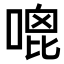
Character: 𠹇